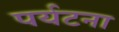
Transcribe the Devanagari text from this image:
पर्यटना